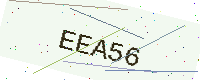
Text: EEA56